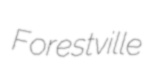
Forestville